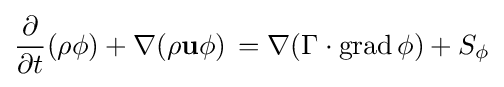
{\frac {\partial }{\partial t}}(\rho \phi )+\nabla (\rho \mathbf {u} \phi )\,=\nabla (\Gamma \cdot \operatorname {grad} \phi )+S_{\phi }